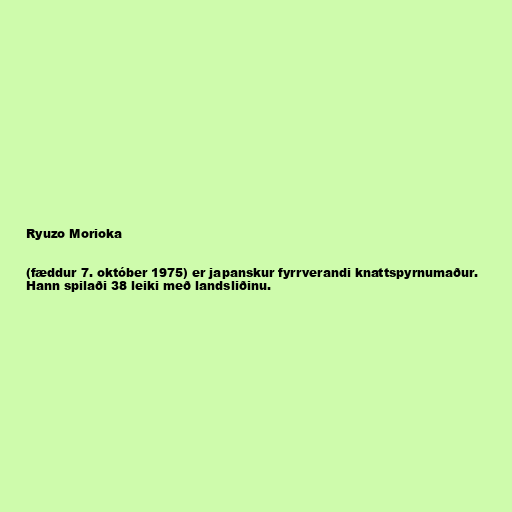
Ryuzo Morioka

(fæddur 7. október 1975) er japanskur fyrrverandi knattspyrnumaður.
Hann spilaði 38 leiki með landsliðinu.